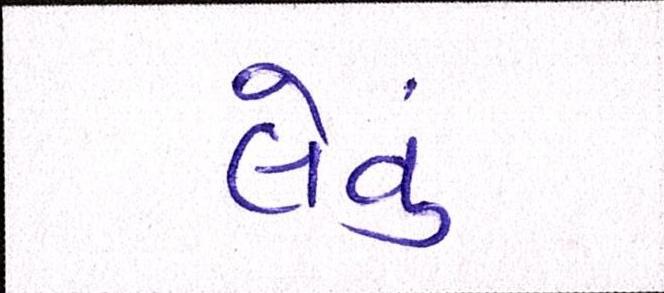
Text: લેવું